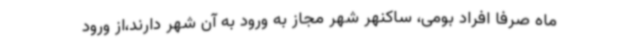
ماه صرفا افراد بومی، ساکنهر شهر مجاز به ورود به آن شهر دارند،از ورود